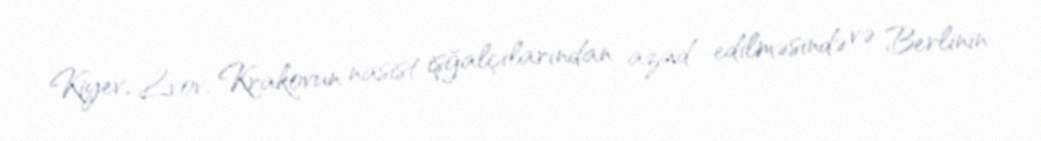
Kiyev, Lvov, Krakovun nasist işğalçılarından azad edilməsində və Berlinin